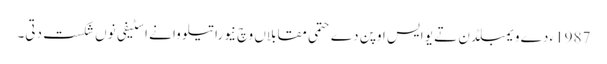
1987ء دے ویمبلڈن تے یو ایس اوپن دے حتمی مقابلاں وچ نیوراتیلووا نے اسٹیفی نو‏‏ں شکست دتی۔